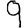
Digit: 9